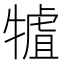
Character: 𤛏